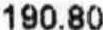
190.80